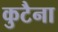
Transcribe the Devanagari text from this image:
कुटैना